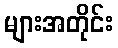
များအတိုင်း